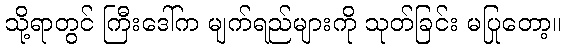
သို့ရာတွင် ကြီးဒေါ်က မျက်ရည်များကို သုတ်ခြင်း မပြုတော့။